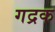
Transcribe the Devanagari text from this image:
गद्रक